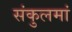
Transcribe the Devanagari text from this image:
संकुलमां